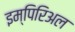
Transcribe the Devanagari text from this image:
इम्पिरिअल